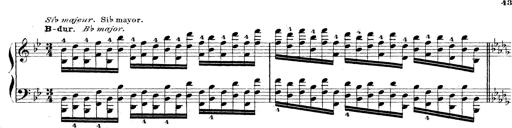
Title: Technische Studien
Composer: Franz Liszt